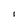
Character: i